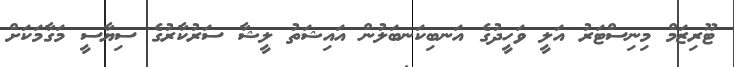
ޓޫރިޒަމް މިނިސްޓަރު އަލީ ވަހީދުގެ އަނބިކަނބަލުން އައިޝަތު ލީޝާ ސަރުކާރުގެ ސިޔާސީ މަގާމަކަށް